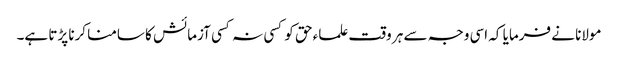
مولانا نے فرمایا کہ اسی وجہ سے ہر وقت علماء حق کو کسی نہ کسی آزمائش کا سامنا کرنا پڑتا ہے۔